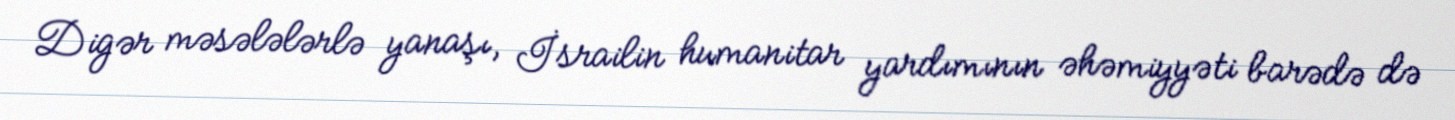
Digər məsələlərlə yanaşı, İsrailin humanitar yardımının əhəmiyyəti barədə də